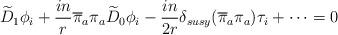
LaTeX: \begin{align*}\widetilde{D}_1 \phi_i +{{in}\over{ r}}\overline{\pi}_a\pi_a \widetilde{D}_0\phi_i - {{in}\over{2 r}} \delta_{susy}(\overline{\pi}_a\pi_a) \tau_i+ \cdots =0 \end{align*}